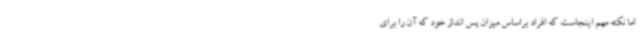
اما نکته مهم اینجاست که افراد براساس میزان پس انداز خود که آن را برای